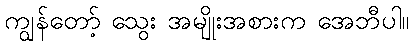
ကျွန်တော့် သွေး အမျိုးအစားက အေဘီပါ။